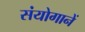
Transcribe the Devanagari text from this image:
संयोगानें